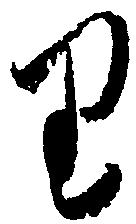
り